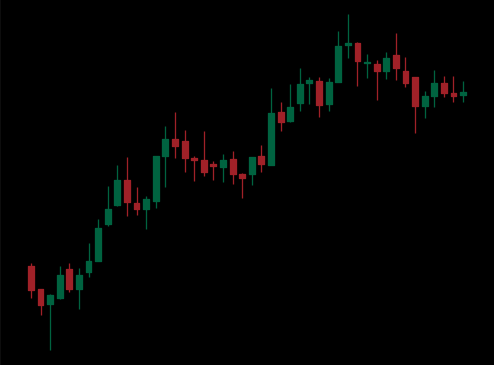
Pattern: bear_flag